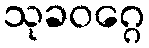
သုခဝဂ္ဂေ